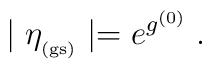
\mid \eta_{_{\rm (gs)}} \mid= e^{  g^{(0)}  }\;  .